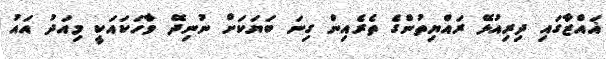
ޣައްޒާގައި ދިރިއުޅޭ ރައްޔިތުންގެ ތެރެއިން ގިނަ ބަޔަކަށް ނުނިދޭ ވާހަކައަކީ މިއަދު އައު